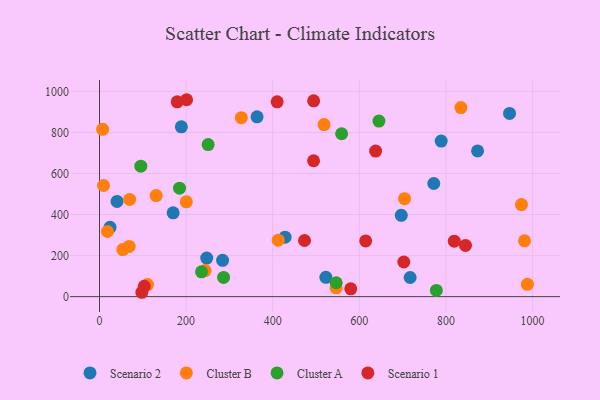
{"axis": {"x": "Investment", "y": "Exam Score"}, "legend": ["Cluster A", "Cluster B", "Scenario 1", "Scenario 2"], "data": [{"x": "284.2", "y": 176.8, "type": "Scenario 2"}, {"x": "522.7", "y": 94.1, "type": "Scenario 2"}, {"x": "363.8", "y": 876.0, "type": "Scenario 2"}, {"x": "789.0", "y": 758.1, "type": "Scenario 2"}, {"x": "873.0", "y": 709.8, "type": "Scenario 2"}, {"x": "428.5", "y": 289.5, "type": "Scenario 2"}, {"x": "696.8", "y": 395.9, "type": "Scenario 2"}, {"x": "24.3", "y": 337.5, "type": "Scenario 2"}, {"x": "170.0", "y": 408.5, "type": "Scenario 2"}, {"x": "189.0", "y": 827.5, "type": "Scenario 2"}, {"x": "247.6", "y": 187.8, "type": "Scenario 2"}, {"x": "40.5", "y": 464.0, "type": "Scenario 2"}, {"x": "771.9", "y": 551.2, "type": "Scenario 2"}, {"x": "717.3", "y": 93.3, "type": "Scenario 2"}, {"x": "946.8", "y": 892.7, "type": "Scenario 2"}, {"x": "68.5", "y": 244.8, "type": "Cluster B"}, {"x": "704.4", "y": 477.1, "type": "Cluster B"}, {"x": "7.2", "y": 815.1, "type": "Cluster B"}, {"x": "327.5", "y": 871.7, "type": "Cluster B"}, {"x": "18.3", "y": 317.4, "type": "Cluster B"}, {"x": "130.8", "y": 492.2, "type": "Cluster B"}, {"x": "546.3", "y": 43.0, "type": "Cluster B"}, {"x": "200.5", "y": 461.8, "type": "Cluster B"}, {"x": "981.5", "y": 271.8, "type": "Cluster B"}, {"x": "834.5", "y": 921.3, "type": "Cluster B"}, {"x": "69.5", "y": 473.6, "type": "Cluster B"}, {"x": "974.3", "y": 448.4, "type": "Cluster B"}, {"x": "518.6", "y": 838.2, "type": "Cluster B"}, {"x": "243.9", "y": 127.0, "type": "Cluster B"}, {"x": "988.0", "y": 60.1, "type": "Cluster B"}, {"x": "53.8", "y": 229.4, "type": "Cluster B"}, {"x": "412.7", "y": 275.0, "type": "Cluster B"}, {"x": "9.2", "y": 541.5, "type": "Cluster B"}, {"x": "110.8", "y": 58.5, "type": "Cluster B"}, {"x": "777.8", "y": 30.3, "type": "Cluster A"}, {"x": "184.8", "y": 528.5, "type": "Cluster A"}, {"x": "235.6", "y": 121.0, "type": "Cluster A"}, {"x": "645.2", "y": 855.5, "type": "Cluster A"}, {"x": "559.1", "y": 793.6, "type": "Cluster A"}, {"x": "286.5", "y": 93.5, "type": "Cluster A"}, {"x": "95.4", "y": 635.6, "type": "Cluster A"}, {"x": "546.6", "y": 67.5, "type": "Cluster A"}, {"x": "250.8", "y": 740.7, "type": "Cluster A"}, {"x": "410.2", "y": 949.1, "type": "Scenario 1"}, {"x": "580.2", "y": 38.0, "type": "Scenario 1"}, {"x": "201.1", "y": 959.4, "type": "Scenario 1"}, {"x": "103.3", "y": 50.4, "type": "Scenario 1"}, {"x": "473.4", "y": 273.4, "type": "Scenario 1"}, {"x": "702.7", "y": 168.6, "type": "Scenario 1"}, {"x": "845.1", "y": 249.7, "type": "Scenario 1"}, {"x": "494.3", "y": 662.0, "type": "Scenario 1"}, {"x": "637.6", "y": 709.1, "type": "Scenario 1"}, {"x": "97.8", "y": 21.2, "type": "Scenario 1"}, {"x": "614.6", "y": 271.3, "type": "Scenario 1"}, {"x": "819.2", "y": 270.0, "type": "Scenario 1"}, {"x": "179.4", "y": 949.1, "type": "Scenario 1"}, {"x": "494.5", "y": 954.1, "type": "Scenario 1"}]}